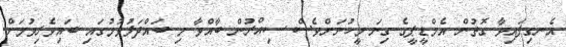
އެނގިފައިވާ ގޮތުން އެމްޑީޕީގެ ގިނަ މީހުނަށްވެސް ސިއްރުން ބާއްވާ މި ބައްދަލުވުމުގައި ބައިވެރިވުމަށް